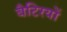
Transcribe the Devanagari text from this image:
बैटिरयों